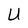
Character: U